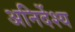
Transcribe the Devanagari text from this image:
अनिर्देश्य